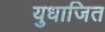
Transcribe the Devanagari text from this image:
युधाजित